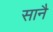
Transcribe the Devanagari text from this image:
सानै